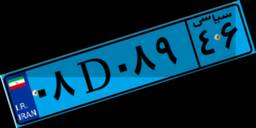
۱۵D۳۶۵۵۶